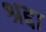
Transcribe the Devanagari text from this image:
श्रद्दा